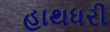
હાથધરી